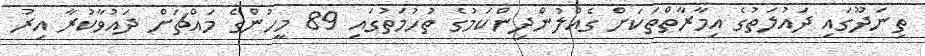
ތިނަދޫގައި ދައުލަތުގެ އިމާރާތްތަކަށް ގެއްލުންދިންކަމުގެ ތުހުމަތުގައި 89 މީހުންގެ މައްޗަށް ދައުވާކުރާ އިރު